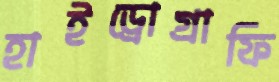
হাইড্রোগ্রাফি